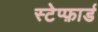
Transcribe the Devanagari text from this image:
स्टेप्फ़ार्ड